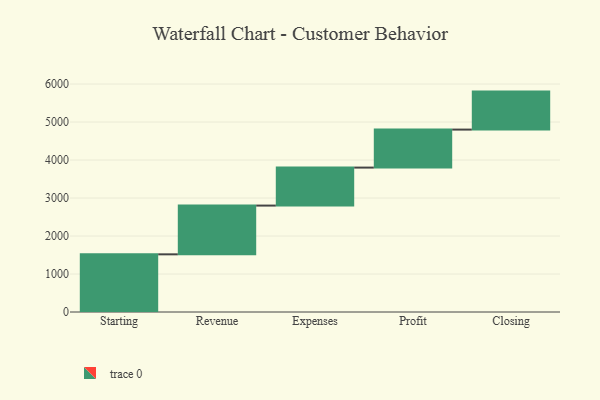
{"axis": {"x": "Step", "y": "Value"}, "legend": [""], "data": [{"x": "Starting", "y": 1518.0, "type": ""}, {"x": "Revenue", "y": 1283.0, "type": ""}, {"x": "Expenses", "y": 1000, "type": ""}, {"x": "Profit", "y": 1000, "type": ""}, {"x": "Closing", "y": 1000, "type": ""}]}